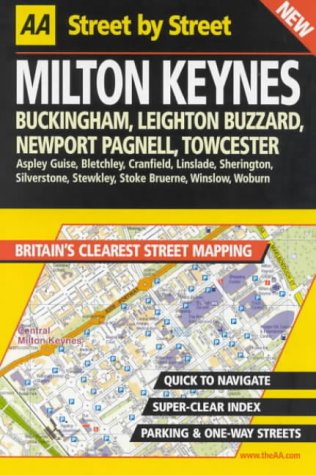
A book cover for AA Street by Street: Milton Keynes, Buckingham, Leighton, Buzzard, Newport Pagne; AA Publishing; Travel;